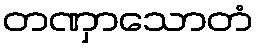
တဏှာသောတံ